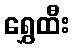
ရွှေထီး